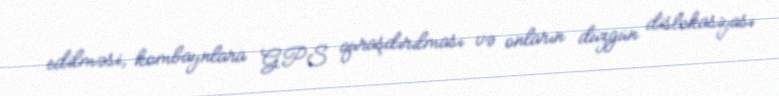
edilməsi, kombaynlara GPS quraşdırılması və onların düzgün dislokasiyası